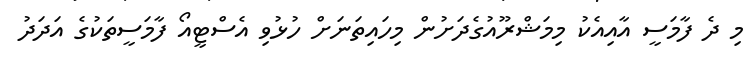
މި ދެ ފާމަސީ އާއިއެކު މިމަޝްރޫއުގެދަށުން މިހައިތަނަށް ހުޅުވި އެސްޓީއޯ ފާމަސީތަކުގެ އަދަދު